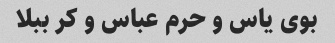
بوی یاس و حرم عباس و کر ببلا